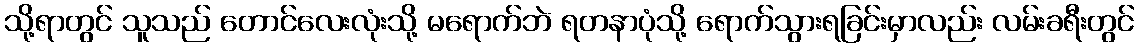
သို့ရာတွင် သူသည် တောင်လေးလုံးသို့ မရောက်ဘဲ ရတနာပုံသို့ ရောက်သွားရခြင်းမှာလည်း လမ်းခရီးတွင်